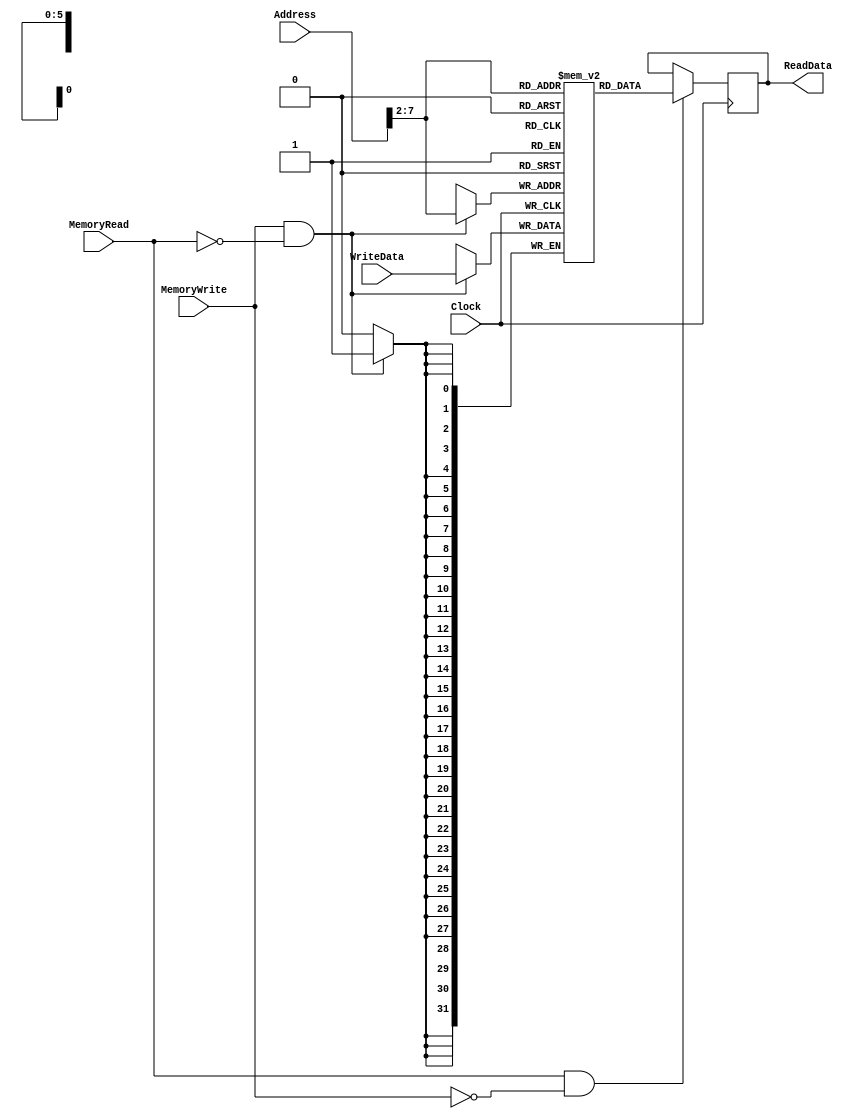
`timescale 1ns / 1ps

module DataMemory(ReadData, Address, WriteData, MemoryRead, MemoryWrite, Clock); //module starts...

	input[31:0] Address, WriteData; //32 bits inputs
	input MemoryRead, MemoryWrite, Clock; //control signals
	output [31:0] ReadData; //32 bits outputs
	
	reg [31:0] ReadData; //temporary register
	reg [31:0] registers [63:0]; //simulated data memory
	
	always @(negedge Clock) begin //write function
		if(MemoryWrite && !MemoryRead)
			registers[Address>>2] <= #20 WriteData; //write when negative clock edge and MemoryWrite = 1
	end        
	
	always @(posedge Clock) begin //read function
		if(MemoryRead && !MemoryWrite)
			ReadData <= #20 registers[Address>>2]; //read when positive clock edge and MemoryRead = 1
	end
	
endmodule //ends...